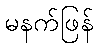
မနက်ဖြန်